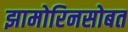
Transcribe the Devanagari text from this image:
झामोरिनसोबत